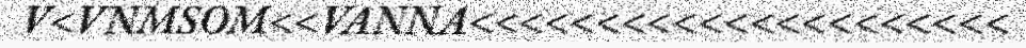
V<VNMSOM<<VANNA<<<<<<<<<<<<<<<<<<<<<